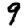
Digit: 9